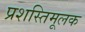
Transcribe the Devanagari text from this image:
प्रशस्तिमूलक